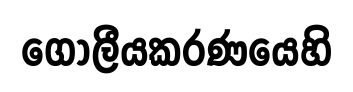
ගෝලීයකරණයෙහි